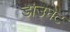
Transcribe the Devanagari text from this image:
डाउनेट